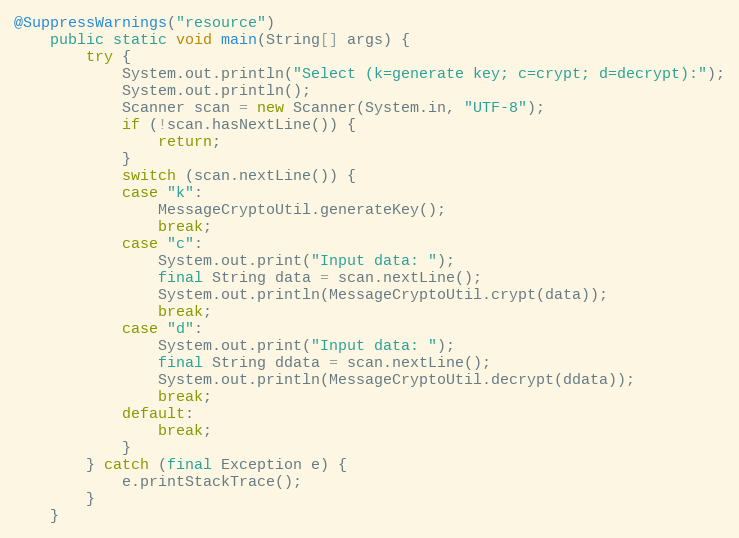
Language: Java
@SuppressWarnings("resource")
	public static void main(String[] args) {
		try {
			System.out.println("Select (k=generate key; c=crypt; d=decrypt):");
			System.out.println();
			Scanner scan = new Scanner(System.in, "UTF-8");
			if (!scan.hasNextLine()) {
				return;
			}
			switch (scan.nextLine()) {
			case "k":
				MessageCryptoUtil.generateKey();
				break;
			case "c":
				System.out.print("Input data: ");
				final String data = scan.nextLine();
				System.out.println(MessageCryptoUtil.crypt(data));
				break;
			case "d":
				System.out.print("Input data: ");
				final String ddata = scan.nextLine();
				System.out.println(MessageCryptoUtil.decrypt(ddata));
				break;
			default:
				break;
			}
		} catch (final Exception e) {
			e.printStackTrace();
		}
	}